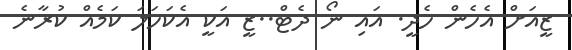
ޒީއަށް އެހެން ހެދީ. އައި ނޯ ދެޓް..ޒީ އަކީ އެކަހަލަ ކަމެއް ކުރާނެ